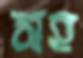
সহ